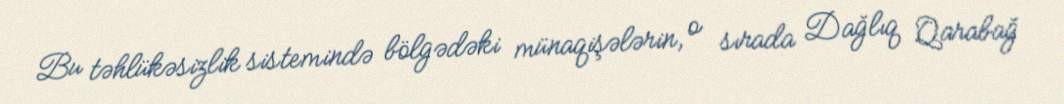
Bu təhlükəsizlik sistemində bölgədəki münaqişələrin, o sırada Dağlıq Qarabağ